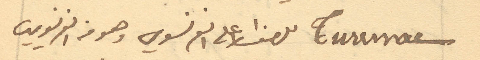
Turenne للصف الاعلى الفرنسوي وهو من الفرنسويين